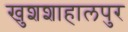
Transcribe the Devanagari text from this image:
खुशशाहालपुर